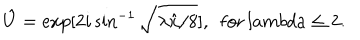
LaTeX: \hat { U } = \exp [ 2 i \sin ^ { - 1 } \sqrt { \lambda \hat { x } / 8 } ] , \ \ \mathrm { f o r } \, l a m b d a \leq 2 .